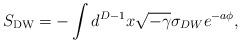
LaTeX: \begin{align*}S_{\rm DW}=-\int d^{D-1}x\sqrt{-\gamma}\sigma_{DW}e^{-a\phi},\end{align*}